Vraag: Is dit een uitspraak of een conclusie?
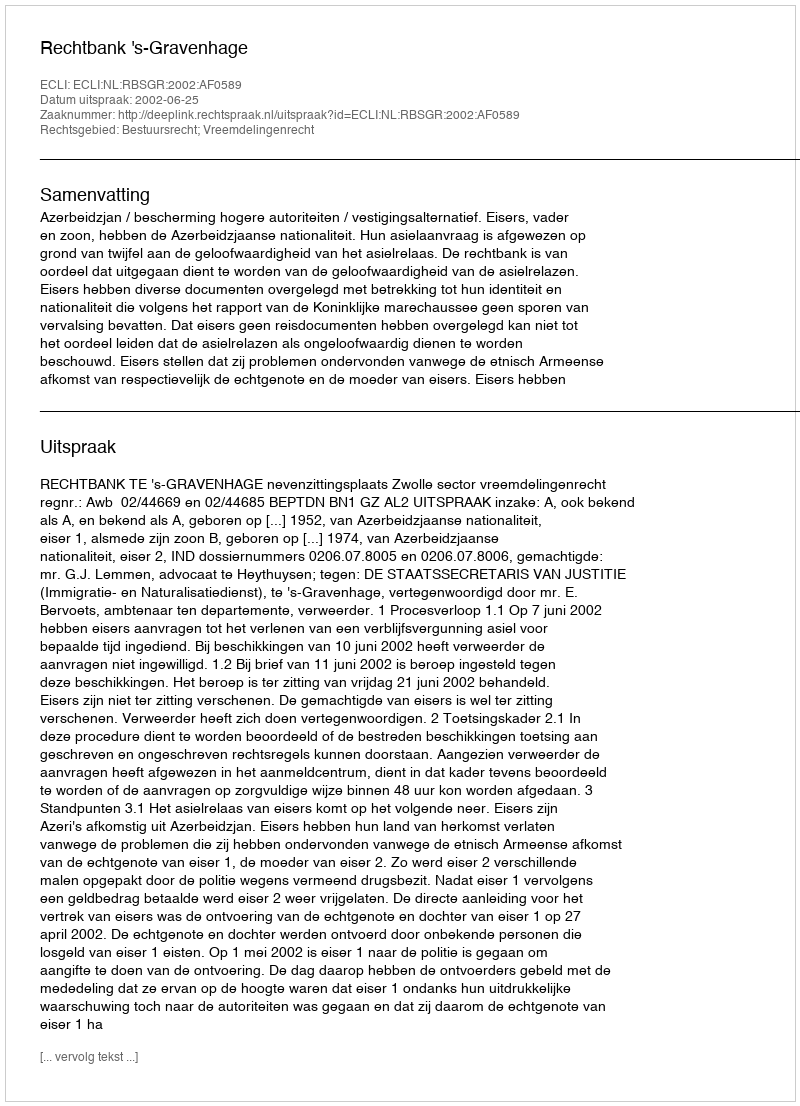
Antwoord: Uitspraak